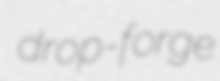
drop-forge